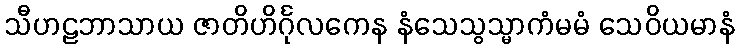
သီဟဠဘာသာယ ဇာတိဟိင်္ဂုလကေန နံသေသွသ္မာကံမမံ သေဝိယမာနံ